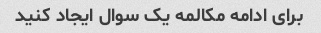
برای ادامه مکالمه یک سوال ایجاد کنید